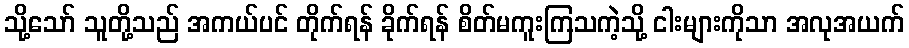
သို့သော် သူတို့သည် အကယ်ပင် တိုက်ရန် ခိုက်ရန် စိတ်မကူးကြသကဲ့သို့ ငါးများကိုသာ အလုအယက်